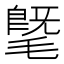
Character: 𣯦